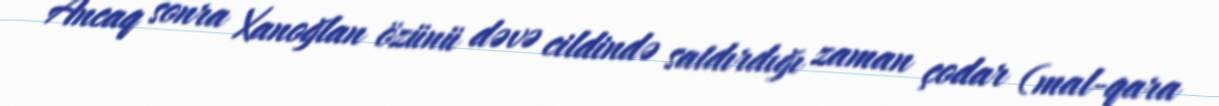
Ancaq sonra Xanoğlan özünü dəvə cildində satdırdığı zaman çodar (mal-qara